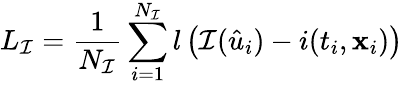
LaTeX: {L_{\cal I}}=\frac{1}{{{N_{\cal I}}}}\sum_{i=1}^{{N_{\cal I}}}{l\left({{\cal I}({{\hat{u}}_{i}})-i({t_{i}},{{\mathbf{x}}_{i}})}\right)}